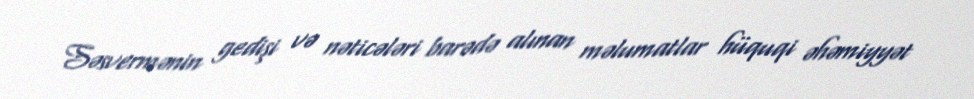
Səsvermənin gedişi və nəticələri barədə alınan məlumatlar hüquqi əhəmiyyət